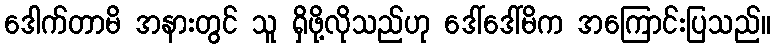
ဒေါက်တာမိ အနားတွင် သူ ရှိဖို့လိုသည်ဟု ဒေါ်ဒေါ်မိက အကြောင်းပြသည်။